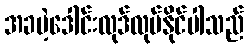
အခမဲ့ဒေါင်းလုဒ်လုပ်နိုင်ပါသည်